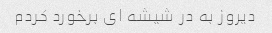
دیروز به در شیشه ای برخورد کردم